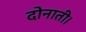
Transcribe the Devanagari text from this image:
दोनाती।